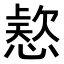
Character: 𭞗